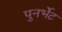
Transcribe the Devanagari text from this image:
पुनर्भेट